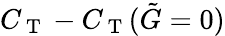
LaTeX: C_{\mathrm{~T~}}-C_{\mathrm{~T~}}(\tilde{G}=0)